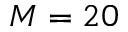
M = 2 0